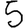
Digit: 5